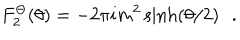
F _ { 2 } ^ { \Theta } ( \theta ) = - 2 \pi i m ^ { 2 } \sinh ( \theta / 2 ) \, \, \, \, .